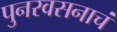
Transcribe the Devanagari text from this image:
पुनरवसनाचं